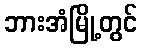
ဘားအံမြို့တွင်